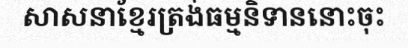
សាសនាខ្មែរត្រង់ធម្មនិទាននោះចុះ